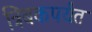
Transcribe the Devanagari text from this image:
त्रिंबकपर्यंत